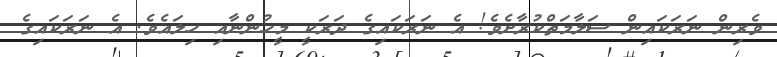
ވެރިން ނަރަކައިން ސަލާމަތްކުރާށެވެ! އެ ނަރަކައިގެ ދަރަކީ މީހުންނާއި ހިލައެވެ. އެ ނަރަކައިގެ